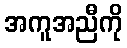
အကူအညီကို